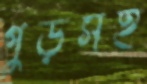
গুড়সহ